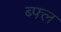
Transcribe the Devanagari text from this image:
ब्फ्ल